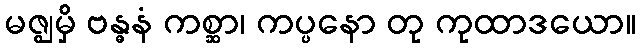
မဇ္ဈမှိ ဗန္ဓနံ ကစ္ဆာ၊ ကပ္ပနော တု ကုထာဒယော။